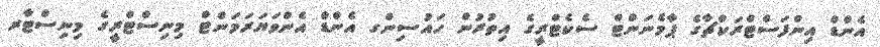
އެންޑް އިންފަސްޓްރަކްޗާގެ ޕާމެނަންޓް ސެކެޓްރީގެ އިތުރުން ހައުސިންގ އެންޑް އެންވަޔަރަމަންޓް މިނިސްޓްރީގެ މިނިސްޓާރ